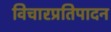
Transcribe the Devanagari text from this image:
विचारप्रतिपादन